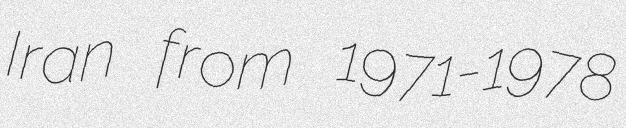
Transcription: Iran from 1971-1978